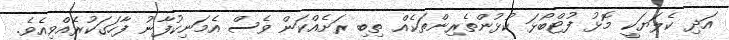
އަދި ކެލަޔަކީ މޮޅު ފުޓްބޯޅަ ކުޅުންތެރިންތަކެއް ތިބި ރަށެއްކަން ވެސް އެމަނިކުފާނު ފާހަގަކުރެއްވިއެވެ.